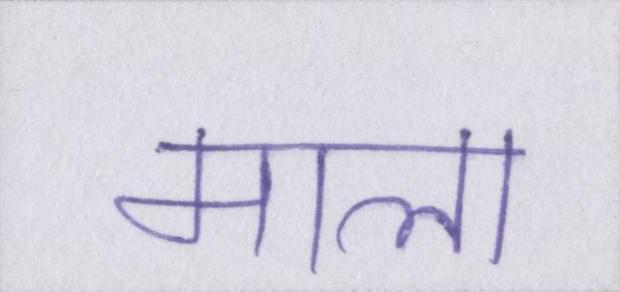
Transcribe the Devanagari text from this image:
माला